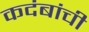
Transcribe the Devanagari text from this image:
कदंबांची